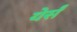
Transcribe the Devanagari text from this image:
येर्सँ